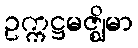
ဥက္ကဋ္ဌမဇ္ဈိမာ